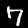
Label: 7